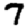
Digit: 7